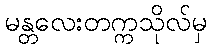
မန္တလေးတက္ကသိုလ်မှ